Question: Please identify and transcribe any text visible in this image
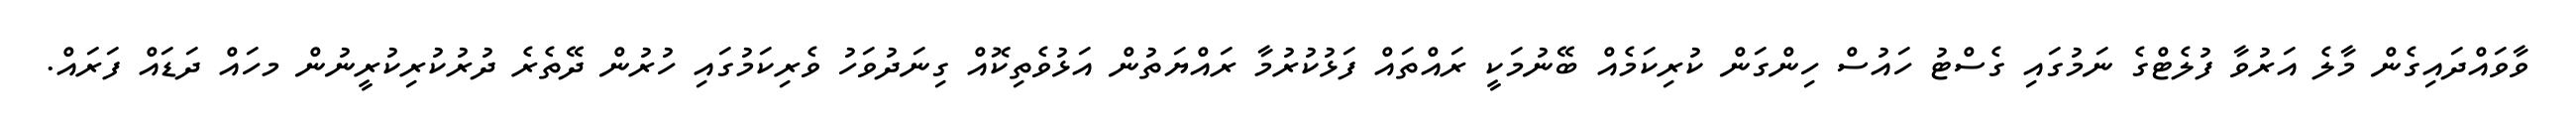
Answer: ވާވައްދައިގެން މާލެ އަރުވާ ފުލެޓްގެ ނަމުގައި ގެސްޓު ހައުސް ހިންގަން ކުރިކަމެއް ބޭނުމަކީ ރައްތައް ފަޅުކުރުމާ ރައްޔަތުން އަޅުވެތިކޮއް ގިނަދުވަހު ވެރިކަމުގައި ހުރުން ދޭތެރެ ދުރުކުރިކުރީނުން މހައް ދަޑައް ފަރައް.